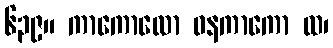
၆၃၉။ ကာကောလော ဝနကာကော ထ၊